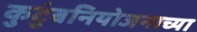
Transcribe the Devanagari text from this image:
कुटुंबनियोजनाच्या